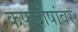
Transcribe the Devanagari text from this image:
कफदोषांवर